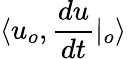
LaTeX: \langle u_{o},\frac{du}{dt}|_{o}\rangle